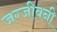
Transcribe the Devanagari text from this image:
जग्जीवनी